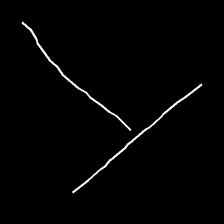
Glyph: column